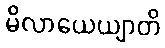
မိလာယေယျာတိ